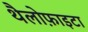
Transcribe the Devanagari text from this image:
थैलोफ़ाइटा